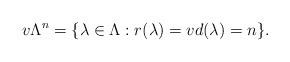
LaTeX: \begin{align*}v\Lambda^n = \{\lambda\in \Lambda: r(\lambda) = v d(\lambda) = n\}.\end{align*}